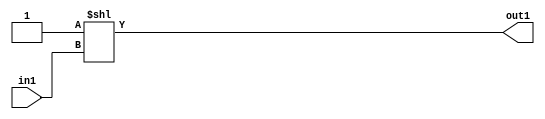
`timescale 1ps / 1ps
/*****************************************************************************
    Verilog RTL Description
    
    
    Created by: Stratus DpOpt 2019.1.01 
*******************************************************************************/

module DC_Filter_DECODE_32U_9_4 (
	in1,
	out1
	); /* architecture "behavioural" */ 
input [4:0] in1;
output [31:0] out1;
wire [31:0] asc001;

assign asc001 = 32'B00000000000000000000000000000001 << in1;

assign out1 = asc001;
endmodule

/* CADENCE  ubH1TgA= : u9/ySgnWtBlWxVPRXgAZ4Og= ** DO NOT EDIT THIS LINE ******/